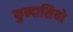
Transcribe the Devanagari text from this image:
फुन्दासियो